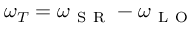
\omega _ { T } = \omega _ { \mathrm { ~ S ~ R ~ } } - \omega _ { \mathrm { ~ L ~ O ~ } }